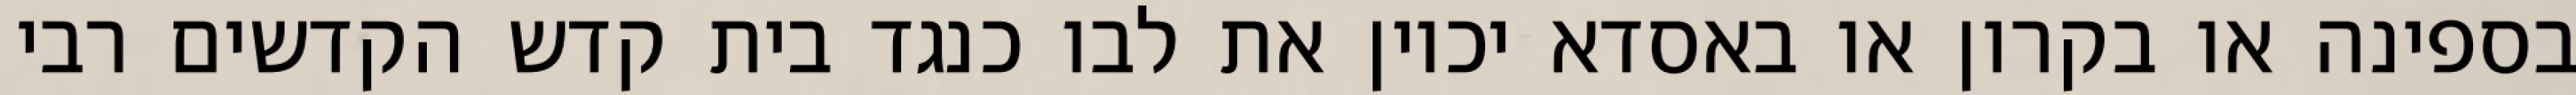
בספינה או בקרון או באסדא יכוין את לבו כנגד בית קדש הקדשים רבי